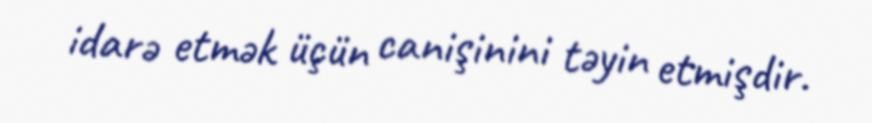
idarə etmək üçün canişinini təyin etmişdir.